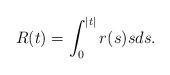
LaTeX: \begin{align*} R(t) = \int_{0}^{|t|} r(s)sds. \end{align*}